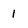
Character: 1